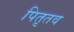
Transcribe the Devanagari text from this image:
पितृतव